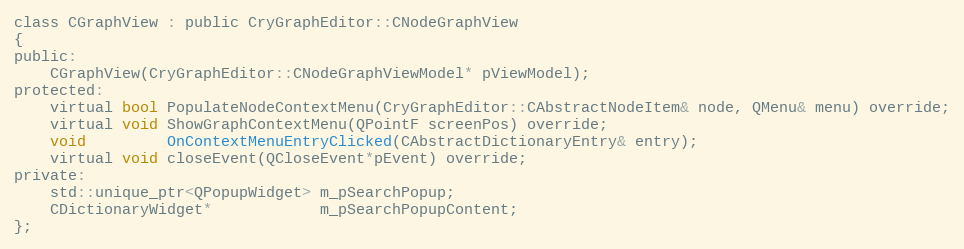
Language: C
class CGraphView : public CryGraphEditor::CNodeGraphView
{
public:
	CGraphView(CryGraphEditor::CNodeGraphViewModel* pViewModel);
protected:
	virtual bool PopulateNodeContextMenu(CryGraphEditor::CAbstractNodeItem& node, QMenu& menu) override;
	virtual void ShowGraphContextMenu(QPointF screenPos) override;
	void         OnContextMenuEntryClicked(CAbstractDictionaryEntry& entry);
	virtual void closeEvent(QCloseEvent*pEvent) override;
private:
	std::unique_ptr<QPopupWidget> m_pSearchPopup;
	CDictionaryWidget*            m_pSearchPopupContent;
};